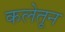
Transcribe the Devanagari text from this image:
कलेतून